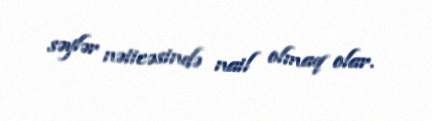
səylər nəticəsində nail olmaq olar.